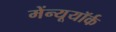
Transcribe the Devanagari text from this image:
मेंन्यूयॉर्क